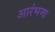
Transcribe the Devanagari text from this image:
आरंभजा